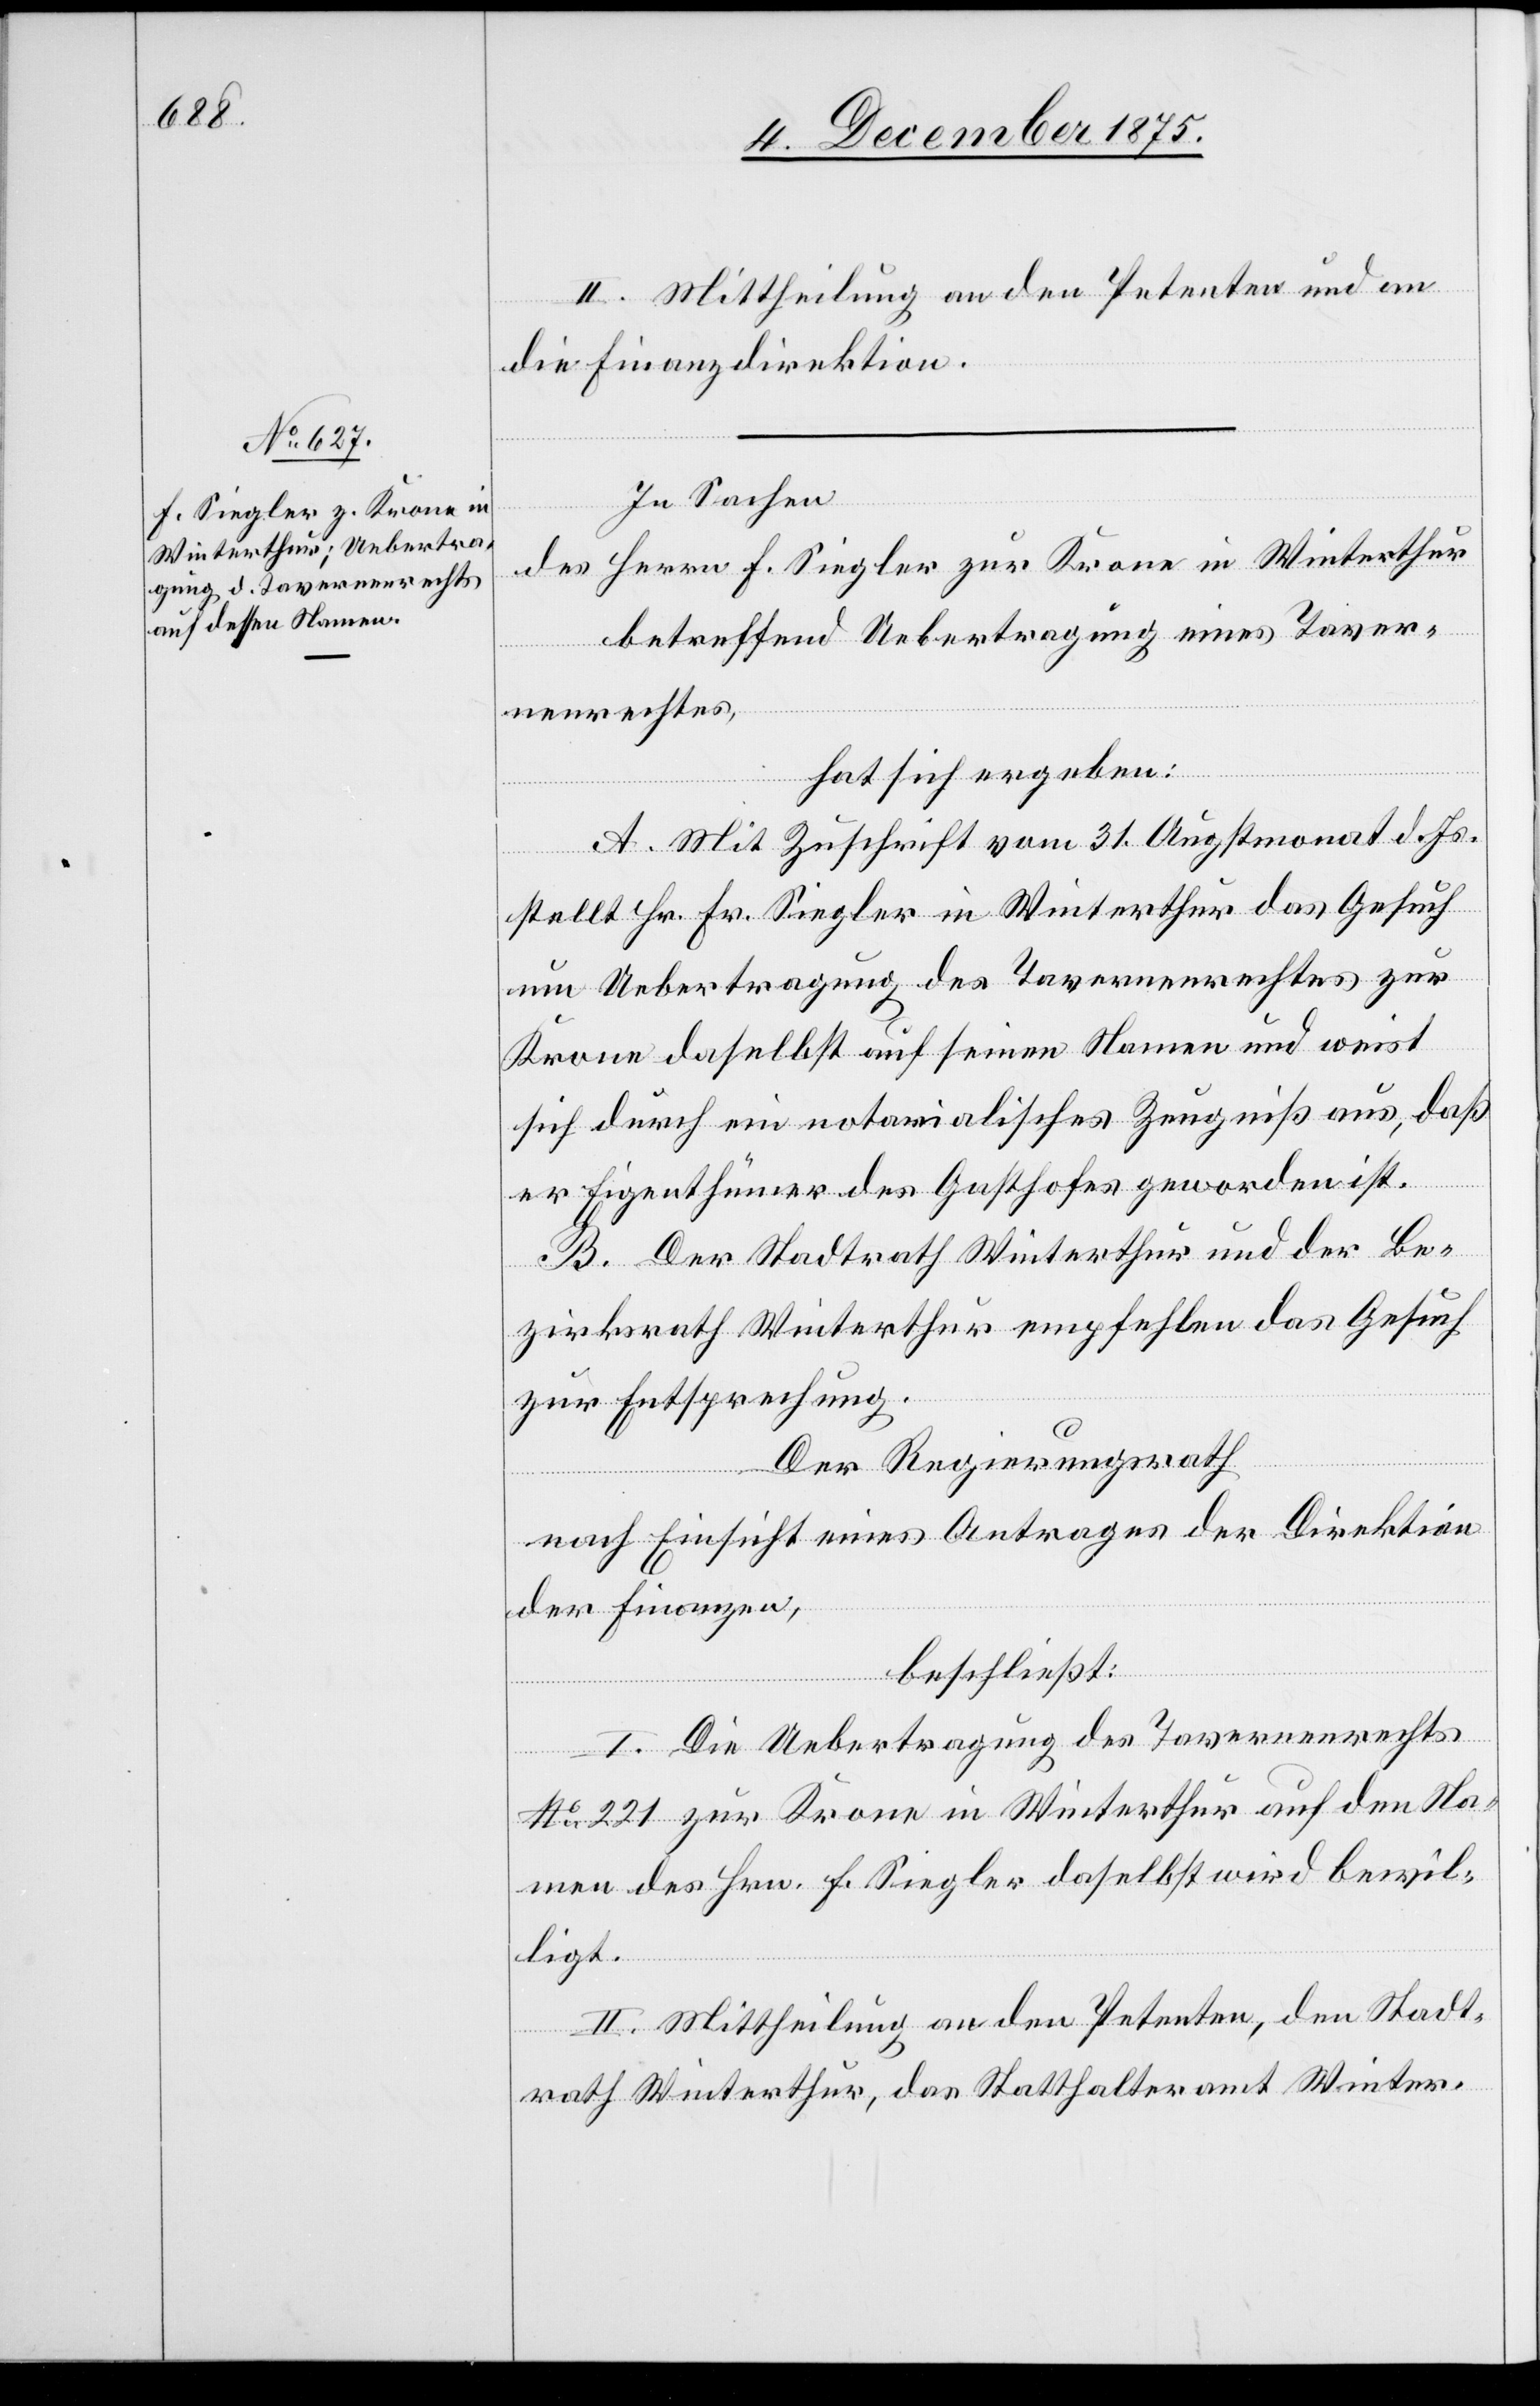
II. Mittheilung an den Petenten und an
die Finanzdirektion.
In Sachen
des Herrn F. Siegler zur Krone in Winterthur
betreffend Uebertragung eines Taver¬
nenrechtes,
hat sich ergeben:
A. Mit Zuschrift vom 31. Augstmonat d. Js.
stellt Hr. Fr. Siegler in Winterthur das Gesuch
um Uebertragung des Tavernenrechtes zur
Krone daselbst auf seinen Namen und weist
sich durch ein notarialisches Zeugniß aus, daß
er Eigenthümer des Gasthofes geworden ist.
B. Der Stadtrath Winterthur und der Be¬
zirksrath Winterthur empfehlen das Gesuch
zur Entsprechung.
Der Regierungsrath,
nach Einsicht eines Antrages der Direktion
der Finanzen,
beschließt:
I. Die Uebertragung des Tavernenrechts
No 221 zur Krone in Winterthur auf den Na¬
mens des Hrn. Siegler daselbst wird bewil¬
ligt.
II. Mittheilung an den Petenten, den Stadt¬
rath Winterthur, das Statthalteramt Winter-